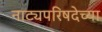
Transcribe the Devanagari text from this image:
नाट्यपरिषदेच्या